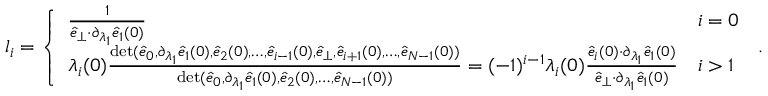
\begin{array} { r } { l _ { i } = \left\{ \begin{array} { l l } { \frac { 1 } { \hat { e } _ { \perp } { \cdot } \partial _ { \lambda _ { 1 } } \hat { e } _ { 1 } ( 0 ) } } & { i = 0 } \\ { \lambda _ { i } ( 0 ) \frac { \operatorname* { d e t } ( \hat { e } _ { 0 } , \partial _ { \lambda _ { 1 } } \hat { e } _ { 1 } ( 0 ) , \hat { e } _ { 2 } ( 0 ) , \dots , \hat { e } _ { i - 1 } ( 0 ) , \hat { e } _ { \perp } , \hat { e } _ { i + 1 } ( 0 ) , \dots , \hat { e } _ { N - 1 } ( 0 ) ) } { \operatorname* { d e t } ( \hat { e } _ { 0 } , \partial _ { \lambda _ { 1 } } \hat { e } _ { 1 } ( 0 ) , \hat { e } _ { 2 } ( 0 ) , \dots , \hat { e } _ { N - 1 } ( 0 ) ) } = ( - 1 ) ^ { i - 1 } \lambda _ { i } ( 0 ) \frac { \hat { e } _ { i } ( 0 ) { \cdot } \partial _ { \lambda _ { 1 } } \hat { e } _ { 1 } ( 0 ) } { \hat { e } _ { \perp } { \cdot } \partial _ { \lambda _ { 1 } } \hat { e } _ { 1 } ( 0 ) } } & { i > 1 } \end{array} \right. \, . } \end{array}